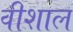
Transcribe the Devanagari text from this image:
वीशाल